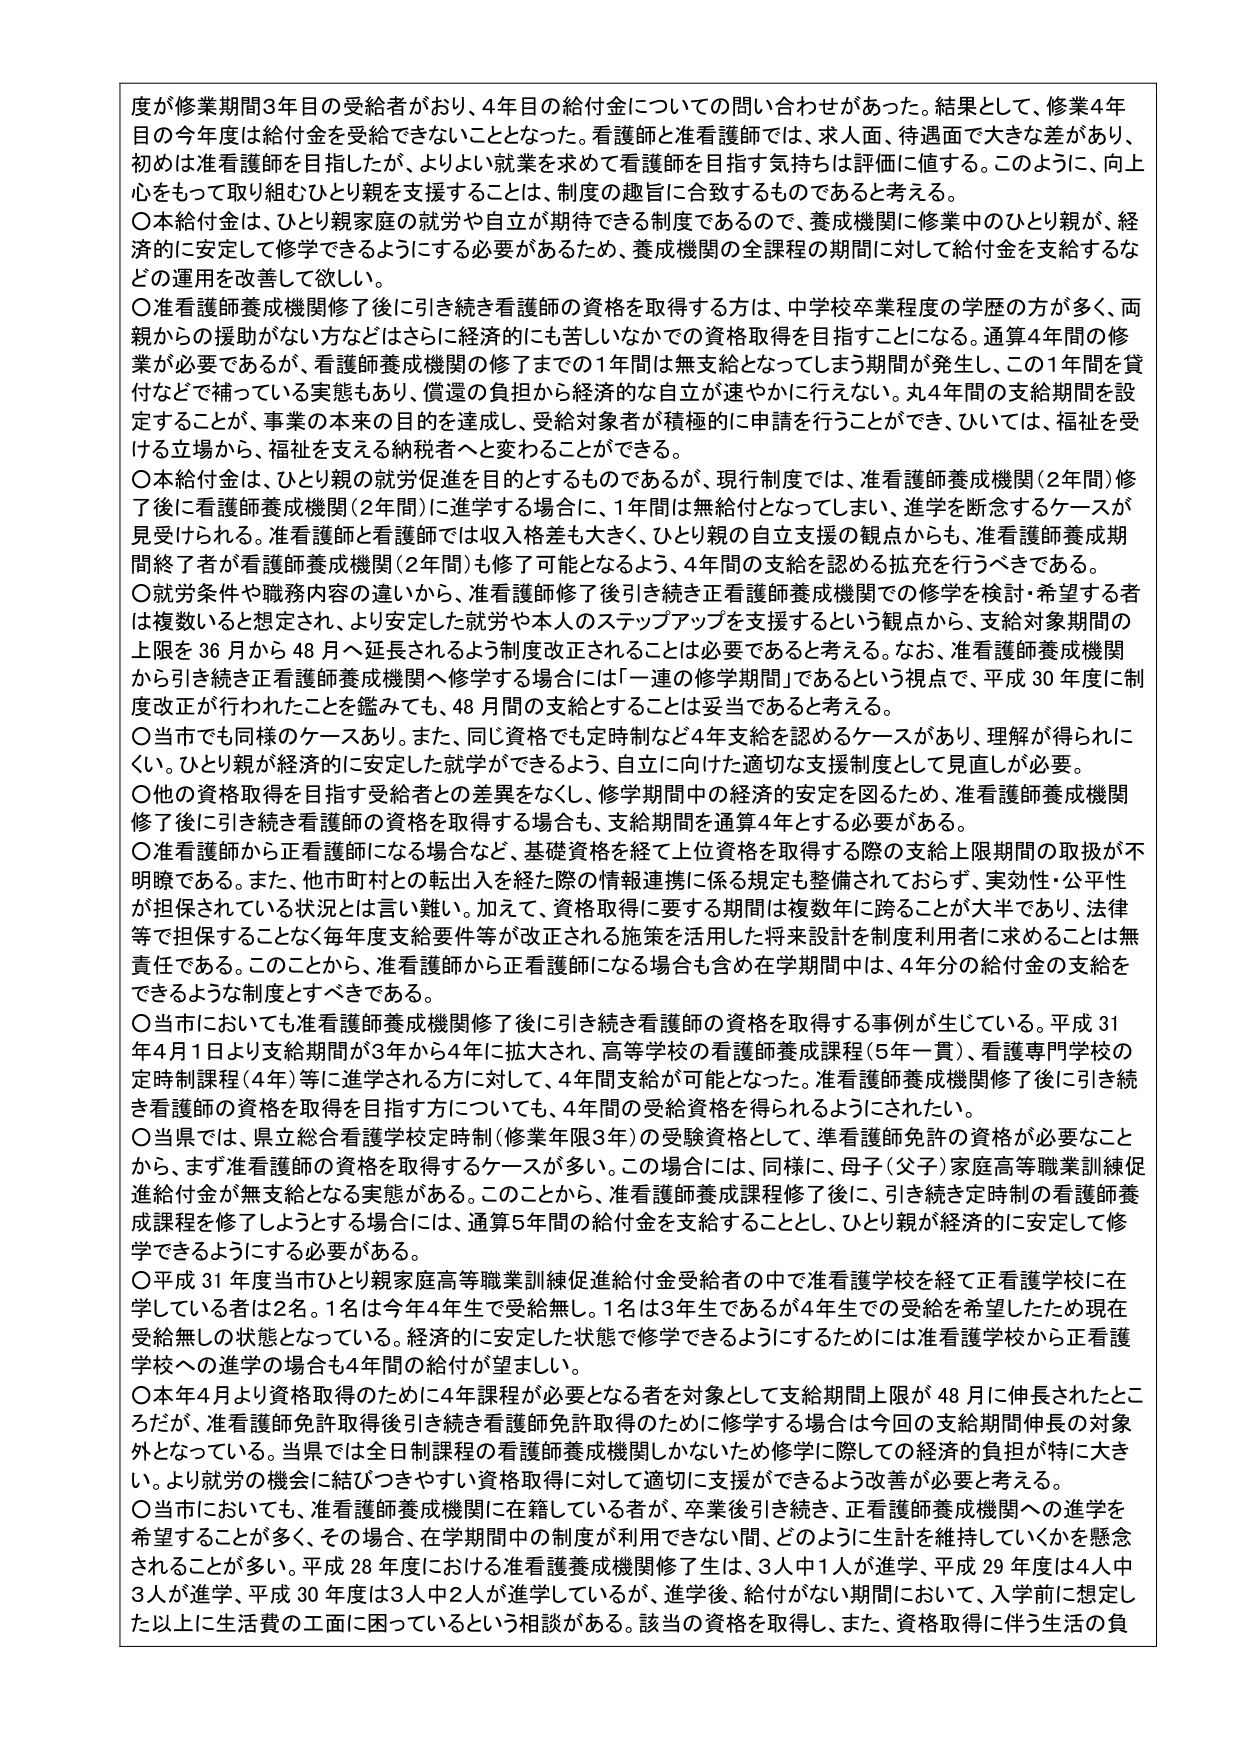
度が修業期間3年目の受給者がおり、4年目の給付金についての問い合わせがあった。結果として、修業4年目の今年度は給付金を受給できないこととなった。看護師と准看護師では、求人面、待遇面で大きな差があり、初めは准看護師を目指したが、よりよい就業を求めて看護師を目指す気持ちは評価に値する。このように、向上心をもって取り組むひとり親を支援することは、制度の趣旨に合致するものであると考える。

〇本給付金は、ひとり親家庭の就労や自立が期待できる制度であるので、養成機関に修業中のひとり親が、経済的に安定して修学できるようにする必要があるため、養成機関の全課程の期間に対して給付金を支給するなどの運用を改善して欲しい。

〇准看護師養成機関修了後に引き続き看護師の資格を取得する方は、中学校卒業程度の学歴の方が多く、両親からの援助がない方などはさらに経済的にも苦しいなかでの資格取得を目指すことになる。通算4年間の修業が必要であるが、看護師養成機関の修了までの1年間は無支給となってしまう期間が発生し、この1年間を貸付などで補っている実態もあり、償還の負担から経済的な自立が速やかに行えない。丸4年間の支給期間を設定することが、事業の本来の目的を達成し、受給対象者が積極的に申請を行うことができ、ひいては、福祉を受ける立場から、福祉を支える納税者へと変わることができる。

〇本給付金は、ひとり親の就労促進を目的とするものであるが、現行制度では、准看護師養成機関（2年間）修了後に看護師養成機関（2年間）に進学する場合に、1年間は無給付となってしまい、進学を断念するケースが見受けられる。准看護師と看護師では収入格差も大きく、ひとり親の自立支援の観点からも、准看護師養成期間終了者が看護師養成機関（2年間）も修了可能となるよう、4年間の支給を認める拡充を行うべきである。

〇就労条件や職務内容の違いから、准看護師修了後引き続き正看護師養成機関での修学を検討・希望する者は複数いると想定され、より安定した就労や本人のステップアップを支援するという観点から、支給対象期間の上限を36月から48月へ延長されるよう制度改正されることは必要であると考える。なお、准看護師養成機関から引き続き正看護師養成機関へ修学する場合には「一連の修学期間」であるという視点で、平成30年度に制度改正が行われたことを鑑みても、48月間の支給とすることは妥当であると考える。

〇当市でも同様のケースあり。また、同じ資格でも定時制など4年支給を認めるケースがあり、理解が得られにくい。ひとり親が経済的に安定した就学ができるよう、自立に向けた適切な支援制度として見直しが必要。

〇他の資格取得を目指す受給者との差異をなくし、修学期間中の経済的安定を図るため、准看護師養成機関修了後に引き続き看護師の資格を取得する場合も、支給期間を通算4年とする必要がある。

〇准看護師から正看護師になる場合など、基礎資格を経て上位資格を取得する際の支給上限期間の取扱が不明瞭である。また、他市町村との転出入を経た際の情報連携に係る規定も整備されておらず、実効性・公平性が担保されている状況とは言い難い。加えて、資格取得に要する期間は複数年に跨ることが大半であり、法律等で担保することなく毎年度支給要件等が改正される施策を活用した将来設計を制度利用者に求めることは無責任である。このことから、准看護師から正看護師になる場合も含め在学期間中は、4年分の給付金の支給をできるような制度とすべきである。

〇当市においても准看護師養成機関修了後に引き続き看護師の資格を取得する事例が生じている。平成31年4月1日より支給期間が3年から4年に拡大され、高等学校の看護師養成課程（5年一貫）、看護専門学校の定時制課程（4年）等に進学される方に対して、4年間支給が可能となった。准看護師養成機関修了後に引き続き看護師の資格を取得を目指す方についても、4年間の受給資格を得られるようにされたい。

〇当県では、県立総合看護学校定時制（修業年限3年）の受験資格として、准看護師免許の資格が必要なことから、まず准看護師の資格を取得するケースが多い。この場合には、同様に、母子（父子）家庭高等職業訓練促進給付金が無支給となる実態がある。このことから、准看護師養成課程修了後に、引き続き定時制の看護師養成課程を修了しようとする場合には、通算5年間の給付金を支給することとし、ひとり親が経済的に安定して修学できるようにする必要がある。

〇平成31年度当市ひとり親家庭高等職業訓練促進給付金受給者の中で准看護学校を経て正看護学校に在学している者は2名。1名は今年4年生で受給無し。1名は3年生であるが4年生での受給を希望したため現在受給無しの状態となっている。経済的に安定した状態で修学できるようにするためには准看護学校から正看護学校への進学の場合も4年間の給付が望ましい。

〇本年4月より資格取得のために4年課程が必要となる者を対象として支給期間上限が48月に伸長されたところだが、准看護師免許取得後引き続き看護師免許取得のために修学する場合は今回の支給期間伸長の対象外となっている。当県では全日制課程の看護師養成機関しかないため修学に際しての経済的負担が特に大きい。より就労の機会に結びつきやすい資格取得に対して適切に支援ができるよう改善が必要と考える。

〇当市においても、准看護師養成機関に在籍している者が、卒業後引き続き、正看護師養成機関への進学を希望することが多く、その場合、在学期間中の制度が利用できない間、どのように生計を維持していくかを懸念されることが多い。平成28年度における准看護養成機関修了生は、3人中1人が進学、平成29年度は4人中3人が進学、平成30年度は3人中2人が進学しているが、進学後、給付がない期間において、入学前に想定した以上に生活費の工面に困っているという相談がある。該当の資格を取得し、また、資格取得に伴う生活の負